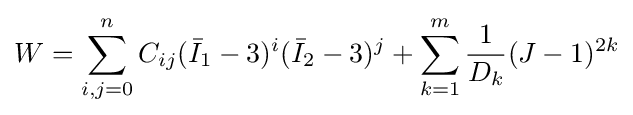
W=\sum _{i,j=0}^{n}C_{ij}({\bar {I}}_{1}-3)^{i}({\bar {I}}_{2}-3)^{j}+\sum _{k=1}^{m}{\frac {1}{D_{k}}}(J-1)^{2k}